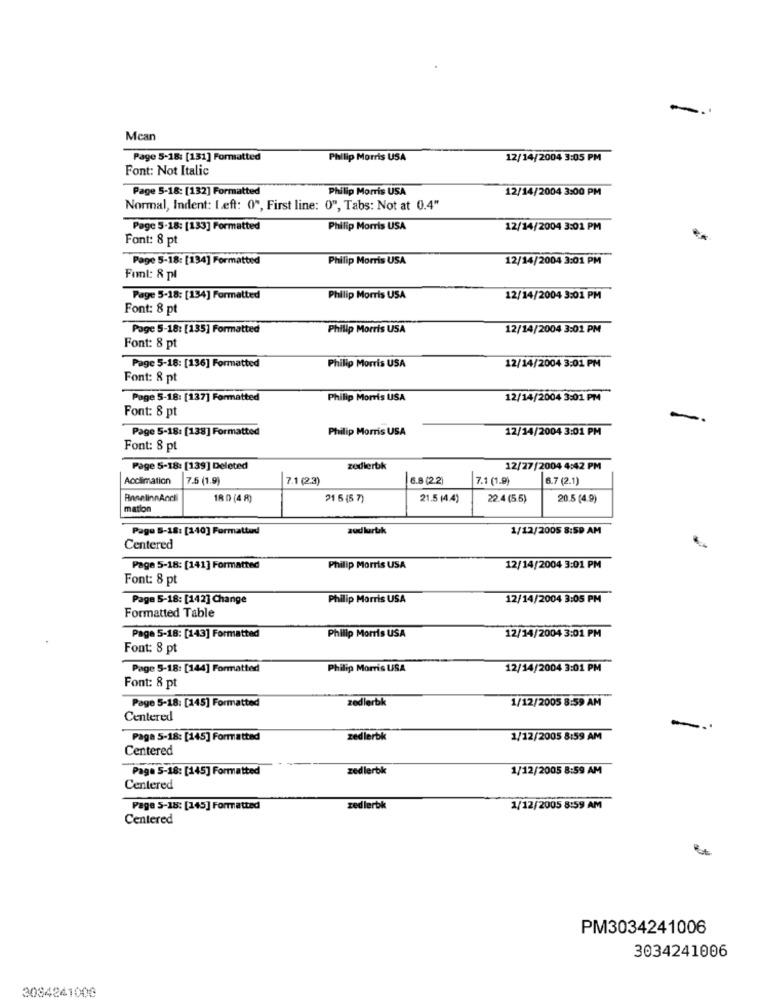
-
Mcan
Page 5-18: [131] Formatted
Philip Morris USA
12/14/2004 3:05 PM
Font: Not Italic
Page 5-18: [132] Formatted
Philip Morris USA
12/14/2004 3:00 PM
Normal, Indent: Left: 0", First line: 0", Tabs: Not at 0.4"
Page 5-18: [153] Formatted
Philip Morris USA
12/14/2004 3:01 PM
Font: 8 pt
Page 5-18: [134] Formatted
Philip Morris USA
12/14/2004 3:01 PM
Fuml: & pl
Page 5-18: [134] Formatted
Philip Morris USA
12/14/2004 3:01 PM
Font: 8 pt
Page 5-18: [135] Formatted
Philip Morris USA
12/14/2004 3:01 PM
Font: 8 pt
Page 5-18: [136] Formatted
Philip Morris USA
12/14/2004 3:01 PM
Font: 8 pt
Page 5-18: [137] Formatted
Philip Morris USA
12/14/2004 3:01 PM
Font: 8 pt
-
Page 5-18: [138] Formatted
Philip Morris USA
12/14/2004 3:01 PM
Font: 8 pt
Page 5-18: [139] Deleted
zodlerbk
12/27/2004 4:42 PM
Acclimation
7.5 (1.9)
7.1 (23)
6.8 (22)
7.1 (1.9)
6.7 (2.1)
AnselinnAndi
1R D (4 8)
21 5 (5 7)
21.5 (4.4)
22.4 (5.5)
20.5 (4.9)
mation
Page 5-18: [240] Formatted
zudlurtık
1/12/2005 8:59 AM
Centered
Page 5-18: [141] Formatted
Philip Morris USA
12/14/2004 3:01 PM
Font: 8 pt
Page 5-18: [142] Change
Philip Morris USA
12/14/2004 3:05 PM
Formatted Table
12/14/2004 3:01 PM
Page 5-18: [143] Formatted
Philip Morris USA
Font: 8 pt
Page 5-18: [144] Formatted
Philip Morris USA
12/14/2004 3:01 PM
Font: 8 pt
Page 5-18: [145] Formatted
zedlerbk
1/12/2005 8:59 AM
Centered
Paga 5-18: [145] Formatted
zedlerbk
1/12/2005 8:59 AM
Centered
Page 5-18: [145] Formatted
zedlerbk
1/12/2005 8:59 AM
Centered
Page 5-18: [145] Formatted
zedlerbk
1/12/2005 8:59 AM
Centered
PM3034241006
3034241006
3084241000